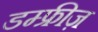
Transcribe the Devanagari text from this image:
डम्फ्रीज़